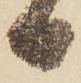
日